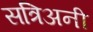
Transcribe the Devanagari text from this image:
सत्रिअनी